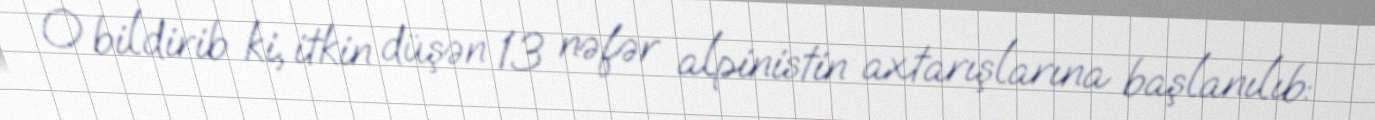
O bildirib ki, itkin düşən 13 nəfər alpinistin axtarışlarına başlanılıb: